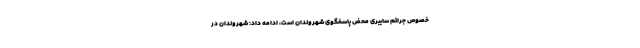
خصوص جرائم سایبری محض پاسخگوی شهروندان است، ادامه داد: شهروندان در